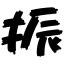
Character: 振